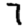
Digit: 7